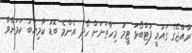
ރާއްޖޭގެ ގައުމީ ފުޓްބޯޅަ ޓީމު މިހާތަނަށް ހޯދި އެންމެ ބޮޑު ކާމިޔާބު ކަމަށްވާ